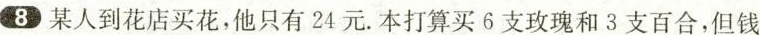
8 某人到花店买花，他只有24元。本打算买6支玫瑰和3支百合，但钱